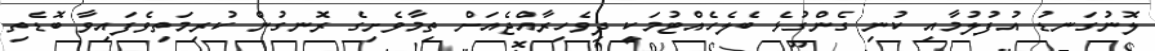
ލޮނުގަނޑު އުފުލުމާއި ކުނި ގެންގުޅެ ބެލެހެއްޓުމަކީ ދިވެހިރާއްޖެއަށް ތިމާވެށިގެ ރޮނގުން ކުރިމަތިވެފައިވާ ބޮޑެތި